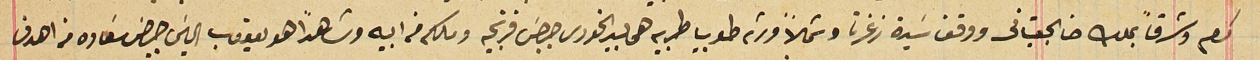
كرم وشرقاً بملك حنا الجعيتانى ووقف سَيدة زغرتا وشمالاً ورثه طوبيا طربيه هى بيد الخورى جرجسَ فرنجيه وملكه من ابيه وشاهداً هو يعقوب الياسَ جرجسَ سَعاده من اهدن